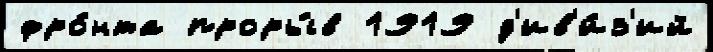
фро́нта проры́в 1919 д'ив'и́з'ий